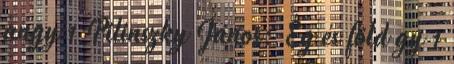
angy 1 Pilinszky János: Ég és föld gy 1